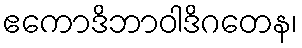
ဧကောဒိဘာဝါဒိဂတေန၊